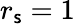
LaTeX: r_{\mathsf{s}}=1